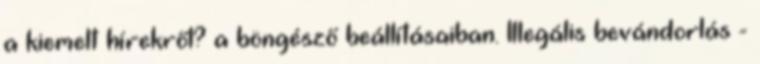
a kiemelt hírekről? a böngésző beállításaiban. Illegális bevándorlás -